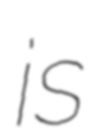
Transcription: is